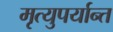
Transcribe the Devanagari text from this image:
मृत्युपर्यान्त